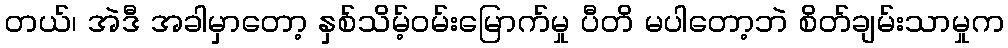
တယ်၊ အဲဒီ အခါမှာတော့ နှစ်သိမ့်ဝမ်းမြောက်မှု ပီတိ မပါတော့ဘဲ စိတ်ချမ်းသာမှုက